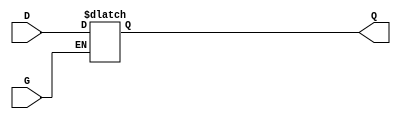
module gated_transparent_latch (
    input wire D,      // Data input
    input wire G,      // Enable signal
    output reg Q       // Output
);

// Always block triggered by changes in D or G
always @* begin
    if (G) begin
        // If Enable (G) is high, pass D to Q
        Q = D;
    end
    // If G is low, Q retains its last value (implicit hold)
end

endmodule